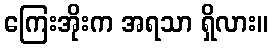
ကြေးအိုးက အရသာ ရှိလား။